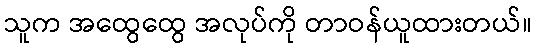
သူက အထွေထွေ အလုပ်ကို တာဝန်ယူထားတယ်။